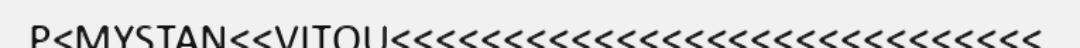
P<MYSTAN<<VITOU<<<<<<<<<<<<<<<<<<<<<<<<<<<<<